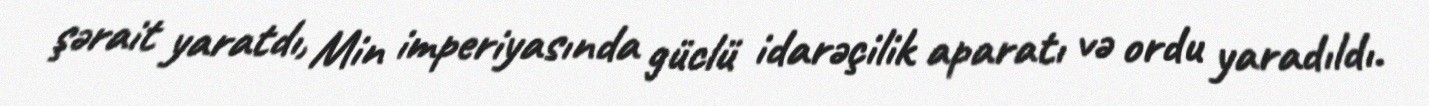
şərait yaratdı, Min imperiyasında güclü idarəçilik aparatı və ordu yaradıldı.